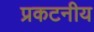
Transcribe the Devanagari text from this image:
प्रकटनीय